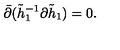
\bar { \partial } ( \tilde { h } _ { 1 } ^ { - 1 } \partial \tilde { h } _ { 1 } ) = 0 .